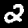
Label: 2